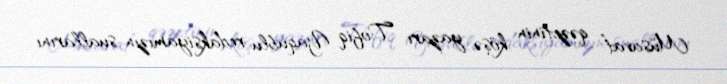
Müsavat” qəzetinin köşə yazarı Tofiq Yaqublu redaksiyamızın suallarını